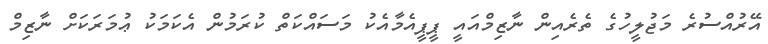
އޭރުއްސުރެ މަޖުލީހުގެ ތެރެއިން ނާޒިމްއައީ ޕީޕީއެމާއެކު މަސައްކަތް ކުރަމުން އެކަމަކު ޢުމަރަކަށް ނާޒިމް